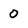
Character: 0